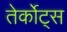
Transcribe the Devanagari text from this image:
तेर्कोट्स